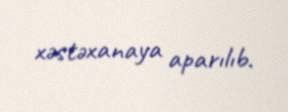
xəstəxanaya aparılıb.